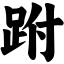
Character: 跗